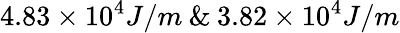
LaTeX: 4.83\times 10^{4}J/m\: \& \: 3.82\times 10^{4}J/m